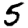
Digit: 5